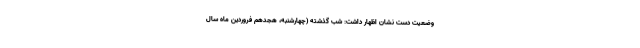
وضعیت دست نشان اظهار داشت: شب گذشته (چهارشنبه، هجدهم فروردین ماه سال